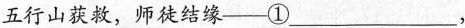
五行山获救，师徒结缘——①___，